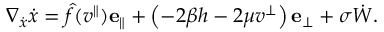
\nabla _ { \Dot { \boldsymbol x } } \Dot { \boldsymbol x } = \hat { f } ( v ^ { \| } ) \mathbf { e } _ { \| } + \left( - 2 \beta h - 2 \mu v ^ { \perp } \right) \mathbf { e } _ { \perp } + \sigma \dot { \boldsymbol { W } } .